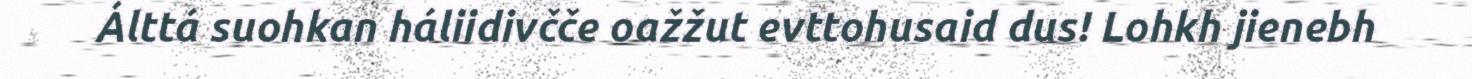
Álttá suohkan háliidivčče oažžut evttohusaid dus! Lohkh jienebh